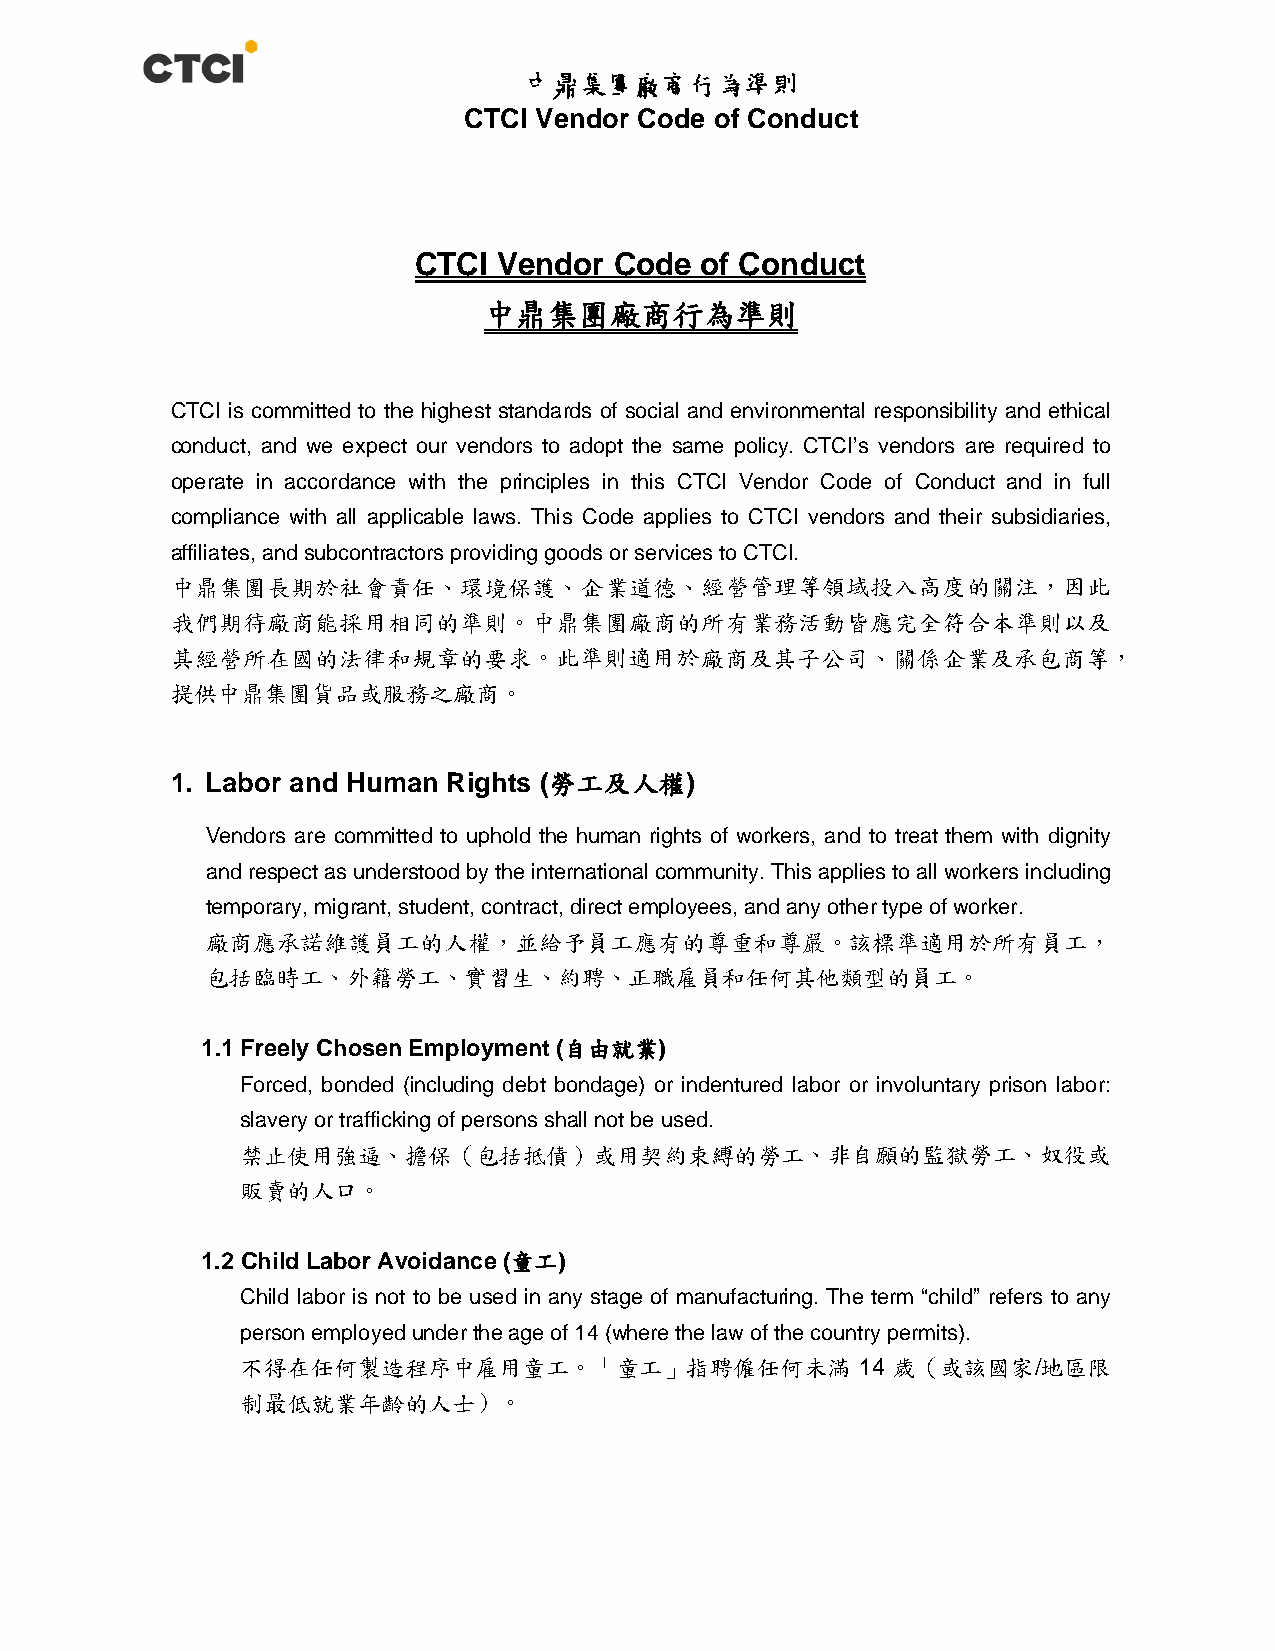
中鼎集團廠商行為準則
 CTCI Vendor Code of Conduct
 CTCI  Vendor  Code of Conduct
 中鼎集團廠商行為準則
 CTCI is committed to the highest standards of social and environmental responsibility and ethical
 conduct, and we expect our vendors to adopt the same policy. CTCI’s vendors are required to
 operate in accordance with the principles in this CTCI Vendor Code of Conduct and in full
 compliance with all applicable laws. This Code applies to CTCI vendors and their subsidiaries,
 affiliates, and subcontractors providing goods or services to CTCI.
 中鼎集團長期於社會責任、環境保護、企業道德、經營管理等領域投入高度的關注，因此
 我們期待廠商能採用相同的準則。中鼎集團廠商的所有業務活動皆應完全符合本準則以及
 其經營所在國的法律和規章的要求。此準則適用於廠商及其子公司、關係企業及承包商等，
 提供中鼎集團貨品或服務之廠商。
 1. Labor and Human Rights (勞工及人權)
 Vendors are committed to uphold the human rights of workers, and to treat them with dignity
 and respect as understood by the international community. This applies to all workers including
 temporary, migrant, student, contract, direct employees, and any other type of worker.
 廠商應承諾維護員工的人權，並給予員工應有的尊重和尊嚴。該標準適用於所有員工，
 包括臨時工、外籍勞工、實習生、約聘、正職雇員和任何其他類型的員工。
 1.1 Freely Chosen Employment (自由就業)
 Forced, bonded (including debt bondage) or indentured labor or involuntary prison labor:
 slavery or trafficking of persons shall not be used.
 禁止使用強逼、擔保（包括抵債）或用契約束縛的勞工、非自願的監獄勞工、奴役或
 販賣的人口。
 1.2 Child Labor Avoidance (童工)
 Child labor is not to be used in any stage of manufacturing. The term “child” refers to any
 person employed under the age of 14 (where the law of the country permits).
 不得在任何製造程序中雇用童工。「童工」指聘僱任何未滿               14 歲（或該國家/地區限
 制最低就業年齡的人士）。